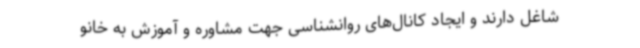
شاغل دارند و ایجاد کانال‌های روانشناسی جهت مشاوره و آموزش به خانو